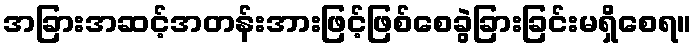
အခြားအဆင့်အတန်းအားဖြင့်ဖြစ်စေခွဲခြားခြင်းမရှိစေရ။